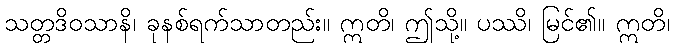
သတ္တဒိဝသာနိ၊ ခုနစ်ရက်သာတည်း။ ဣတိ၊ ဤသို့။ ပဿိ၊ မြင်၏။ ဣတိ၊